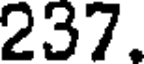
237.